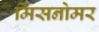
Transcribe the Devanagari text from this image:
मिसनोमर